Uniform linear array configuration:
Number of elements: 64
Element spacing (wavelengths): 0.25
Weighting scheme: blackman
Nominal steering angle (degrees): -15
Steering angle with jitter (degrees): -13.88
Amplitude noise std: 0.05
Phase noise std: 0.05

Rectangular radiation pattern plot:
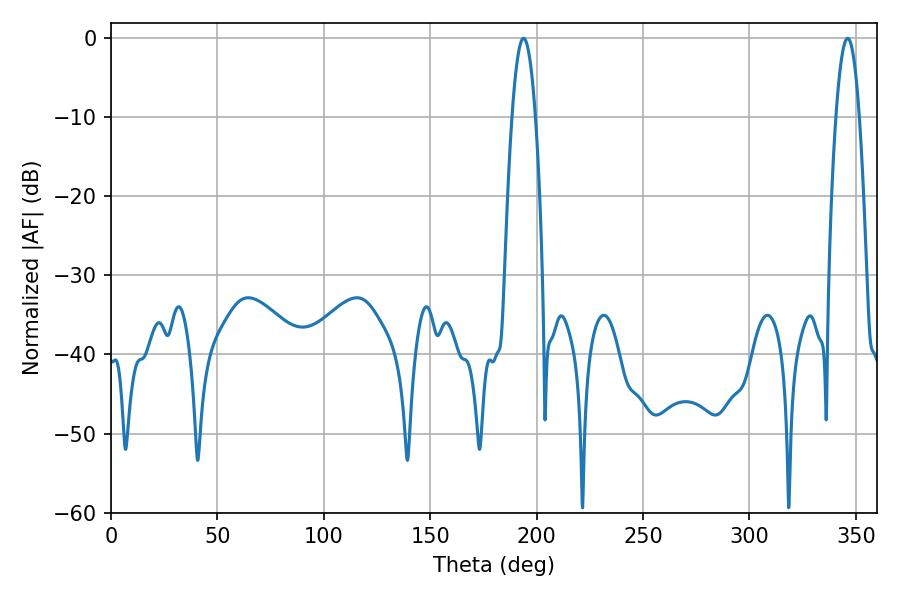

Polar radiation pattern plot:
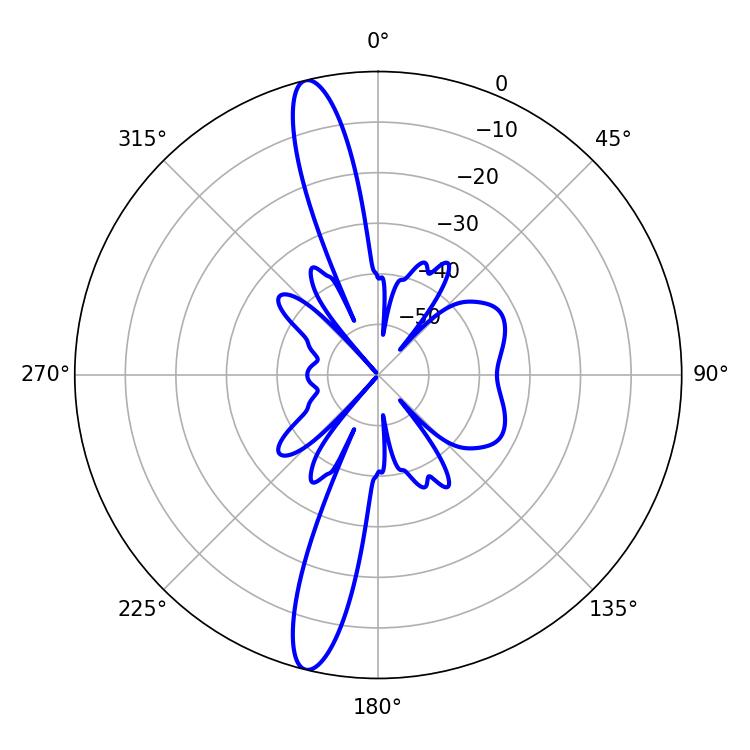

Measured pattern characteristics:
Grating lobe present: FALSE
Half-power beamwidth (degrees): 6.12
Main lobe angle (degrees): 193.86